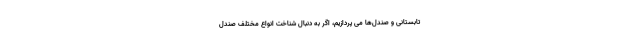
تابستانی و صندل‌ها می پردازیم، اگر به دنبال شناخت انواع مختلف صندل